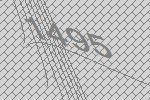
1495